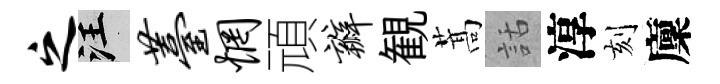
之汪薹惘頑瓣観蒿話淳刻廩